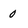
Character: 0